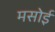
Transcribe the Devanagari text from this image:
मसोई